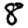
Digit: 8